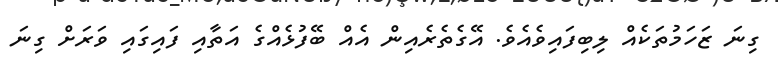
ގިނަ ޒަހަމުތަކެއް ލިބިފައިވެއެވެ. އޭގެތެރެއިން އެއް ބޭފުޅެއްގެ އަތާއި ފައިގައި ވަރަށް ގިނަ